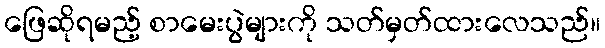
ဖြေဆိုရမည့် စာမေးပွဲများကို သတ်မှတ်ထားလေသည်။